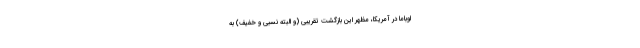
اوباما در آمریکا، مظهر این بازگشت تقریبی (و البته نسبی و خفیف) به